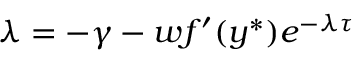
\lambda = - \gamma - w f ^ { \prime } ( y ^ { * } ) e ^ { - \lambda \tau }